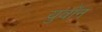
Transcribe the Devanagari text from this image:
युवॉन